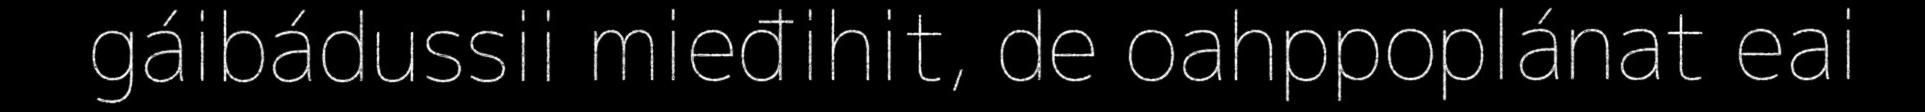
gáibádussii mieđihit, de oahppoplánat eai